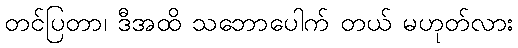
တင်ပြတာ၊ ဒီအထိ သဘောပေါက် တယ် မဟုတ်လား